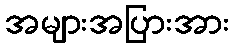
အများအပြားအား